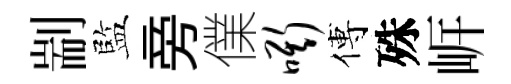
剬監旁㒒嘶傅殊㟁